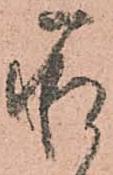
承